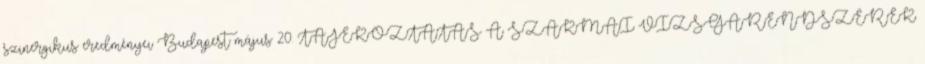
szinergikus eredményei Budapest május 20. TÁJÉKOZTATÁS A SZAKMAI VIZSGARENDSZEREK